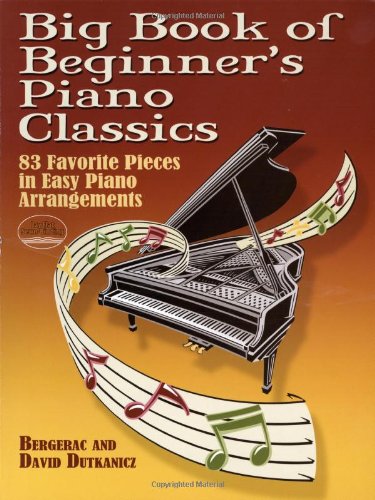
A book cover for Big Book of Beginner's Piano Classics: 83 Favorite Pieces in Easy Piano Arrangements with Downloadable MP3s (Dover Music for Piano); Bergerac; Humor & Entertainment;